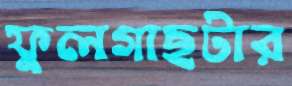
ফুলগাছটার